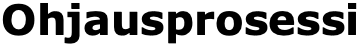
Ohjausprosessi